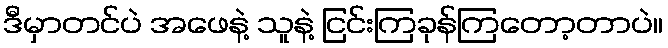
ဒီမှာတင်ပဲ အဖေနဲ့ သူနဲ့ ငြင်းကြခုန်ကြတော့တာပဲ။